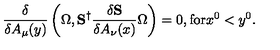
\frac { \delta } { \delta A _ { \mu } ( y ) } \left( \Omega , { \bf S } ^ { \dagger } \frac { \delta { \bf S } } { \delta A _ { \nu } ( x ) } \Omega \right) = 0 , \mathrm { f o r } x ^ { 0 } < y ^ { 0 } .